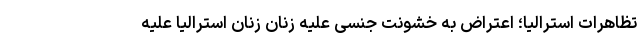
تظاهرات استرالیا؛ اعتراض به خشونت جنسی علیه زنان زنان استرالیا علیه